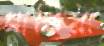
সাক্কিরা